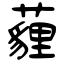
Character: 薶